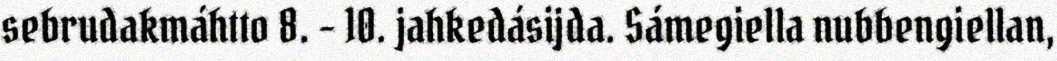
sebrudakmáhtto 8. - 10. jahkedásijda. Sámegiella nubbengiellan,